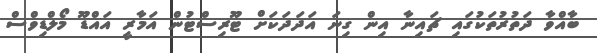
ބާއްވާ ދަތުރުތަކުގައި ޗައިނާ އިން ގިނަ އަދަދަކަށް ޓޫރިސްޓުން އަމާރީ އައްޑޫ މޯލްޑިވްސް